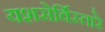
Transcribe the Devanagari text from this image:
यशसेर्विस्तारे